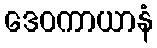
ဒေဝကာယာနံ